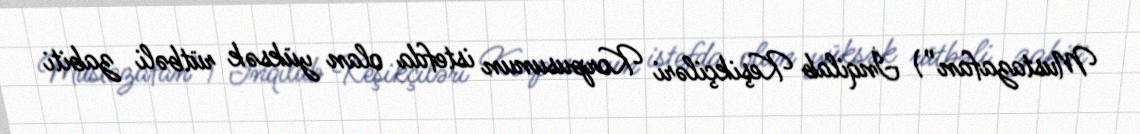
Mustazafan”) İnqilab Keşikçiləri Korpusunun istefda olan yüksək rütbəli zabiti